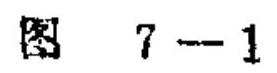
图 7 - 1